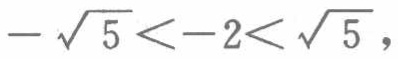
\(-\sqrt{5} < -2 < \sqrt{5}\)